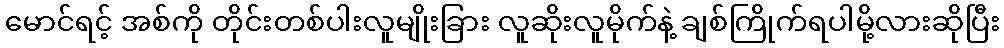
မောင်ရင့် အစ်ကို တိုင်းတစ်ပါးလူမျိုးခြား လူဆိုးလူမိုက်နဲ့ ချစ်ကြိုက်ရပါမို့လားဆိုပြီး